Annual administration report of the Civil Veterinary Department of India - 1898-1899
Year: 1898
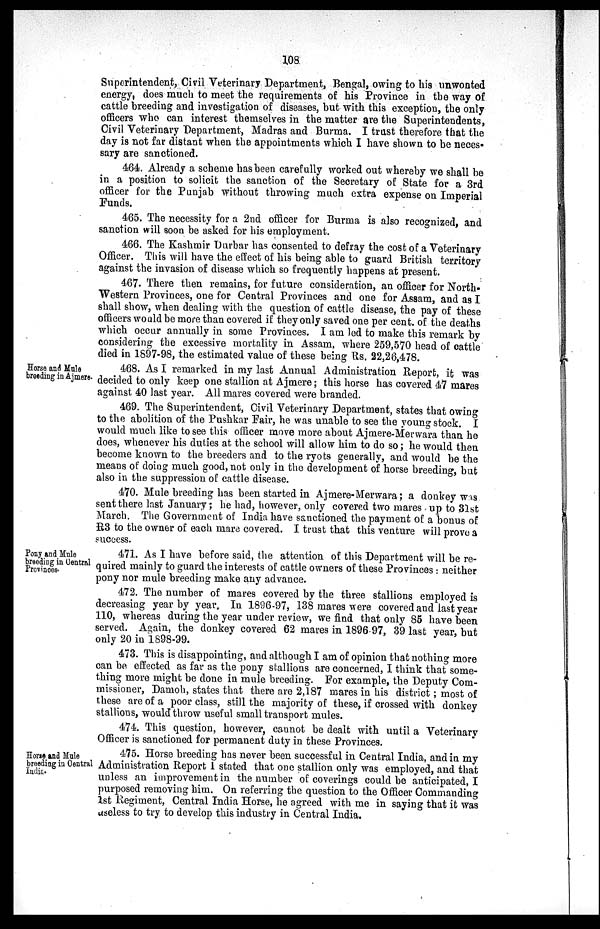
108
Superintendent, Civil Veterinary Department, Bengal, owing to his unwonted
energy, does much to meet the requirements of his Province in the way of
cattle breeding and investigation of diseases, but with this exception, the only
officers who can interest themselves in the matter are the Superintendents,
Civil Veterinary Department, Madras and Burma. I trust therefore that the
day is not far distant when the appointments which I have shown to be neces-
sary are sanctioned.
464. Already a scheme has been carefully worked out whereby we shall be
in a position to solicit the sanction of the Secretary of State for a 3rd
officer for the Punjab without throwing much extra expense on Imperial
Funds.
465. The necessity for a 2nd officer for Burma is also recognized, and
sanction will soon be asked for his employment.
466. The Kashmir Durbar has consented to defray the cost of a Veterinary
Officer. This will have the effect of his being able to guard British territory
against the invasion of disease which so frequently happens at present.
467. There then remains, for future consideration, an officer for North-
Western Provinces, one for Central Provinces and one for Assam, and as I
shall show, when dealing with the question of cattle disease, the pay of these
officers would be more than covered if they only saved one per cent. of the deaths
which occur annually in some Provinces. I am led to make this remark by
considering the excessive mortality in Assam, where 259,570 head of cattle
died in 1897-98, the estimated value of these being Rs. 22,26,478.
Horse and Mule
breeding in Ajmere.
468. As I remarked in my last Annual Administration Report, it was
decided to only keep one stallion at Ajmere; this horse has covered 47 mares
against 40 last year. All mares covered were branded.
469. The Superintendent, Civil Veterinary Department, states that owing
to the abolition of the Pushkar Fair, he was unable to see the young stock. I
would much like to see this officer move more about Ajmere-Merwara than he
does, whenever his duties at the school will allow him to do so; he would then
become known to the breeders and to the ryots generally, and would be the
means of doing much good, not only in the development of horse breeding, but
also in the suppression of cattle disease.
470. Mule breeding has been started in Ajmere-Merwara; a donkey was
sent there last January; he had, however, only covered two mares up to 31st
March. The Government of India have sanctioned the payment of a bonus of
R3 to the owner of each mare covered. I trust that this venture will prove a
success.
Pony and Mule
breeding in Central
Provinces.
471. As I have before said, the attention of this Department will be re-
quired mainly to guard the interests of cattle owners of these Provinces: neither
pony nor mule breeding make any advance.
472. The number of mares covered by the three stallions employed is
decreasing year by year. In 1896-97, 138 mares were covered and last year
110, whereas during the year under review, we find that only 85 have been
served. Again, the donkey covered 62 mares in 1896.97, 39 last year, but
only 20 in 1898-99.
473. This is disappointing, and although I am of opinion that nothing more
can be effected as far as the pony stallions are concerned, I think that some-
thing more might be done in mule breeding. For example, the Deputy Com-
missioner, Damoh, states that there are 2,187 mares in his district; most of
these are of a poor class, still the majority of these, if crossed with donkey
stallions, would throw useful small transport mules.
474. This question, however, cannot be dealt with until a Veterinary
Officer is sanctioned for permanent duty in these Provinces.
Horse and Mule
breeding in Central
India.
475. Horse breeding has never been successful in Central India, and in my
Administration Report I stated that one stallion only was employed, and that
unless an improvement in the number of coverings could be anticipated, I
purposed removing him. On referring the question to the Officer Commanding
1st Regiment, Central India Horse, he agreed with me in saying that it was
useless to try to develop this industry in Central India.